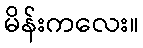
မိန်းကလေး။